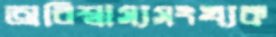
অবিশ্বাস্যসংখ্যক